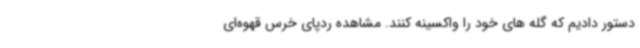
دستور دادیم که گله های خود را واکسینه کنند. مشاهده ردپای خرس قهوه‌ای